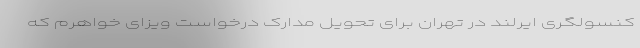
کنسولگری ایرلند در تهران برای تحویل مدارک درخواست ویزای خواهرم که